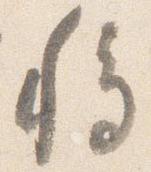
移